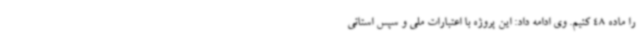
را ماده 48 کنیم. وی ادامه داد: این پروژه با اعتبارات ملی و سپس استانی